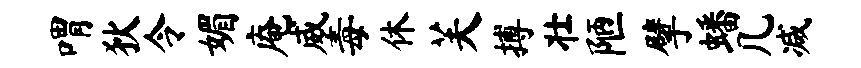
喟狄令媚庵威毒休芙搏壮陋擘蟠几减